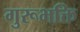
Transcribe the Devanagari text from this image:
गुरूभक्ति